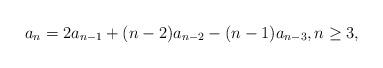
LaTeX: \begin{align*}a_{n} = 2a_{n-1} + (n-2)a_{n-2} -(n-1)a_{n-3}, n \geq 3,\end{align*}